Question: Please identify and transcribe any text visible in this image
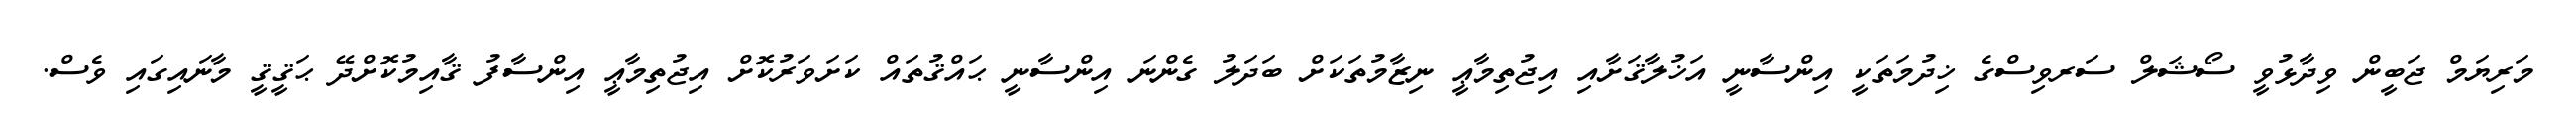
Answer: މަރިޔަމް ޖަބީން ވިދާޅުވީ ސޯޝަލް ސަރވިސްގެ ޚިދުމަތަކީ އިންސާނީ އަޚުލާޤަށާއި އިޖުތިމާޢީ ނިޒާމުތަކަށް ބަދަލު ގެންނަ އިންސާނީ ޙައްޤުތައް ކަށަވަރުކޮށް އިޖުތިމާޢީ އިންސާފު ޤާއިމުކޮށްދޭ ޙަޤީޤީ މާނައިގައި ވެސް.